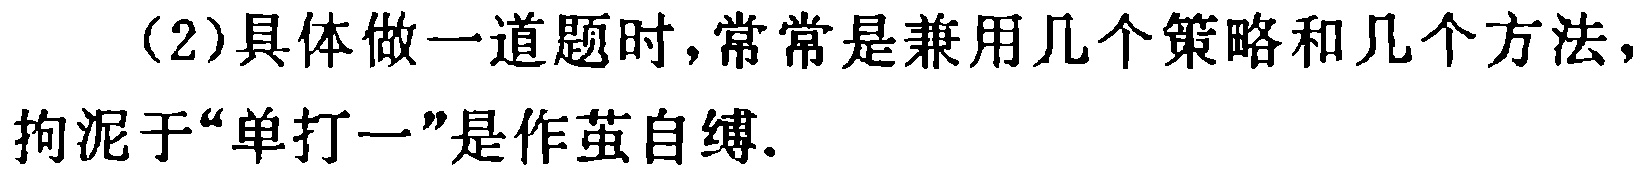
（2）具体做一道题时,常常是兼用几个策略和几个方法,拘泥于“单打一”是作茧自缚.